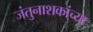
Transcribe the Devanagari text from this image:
जंतुनाशकांच्या